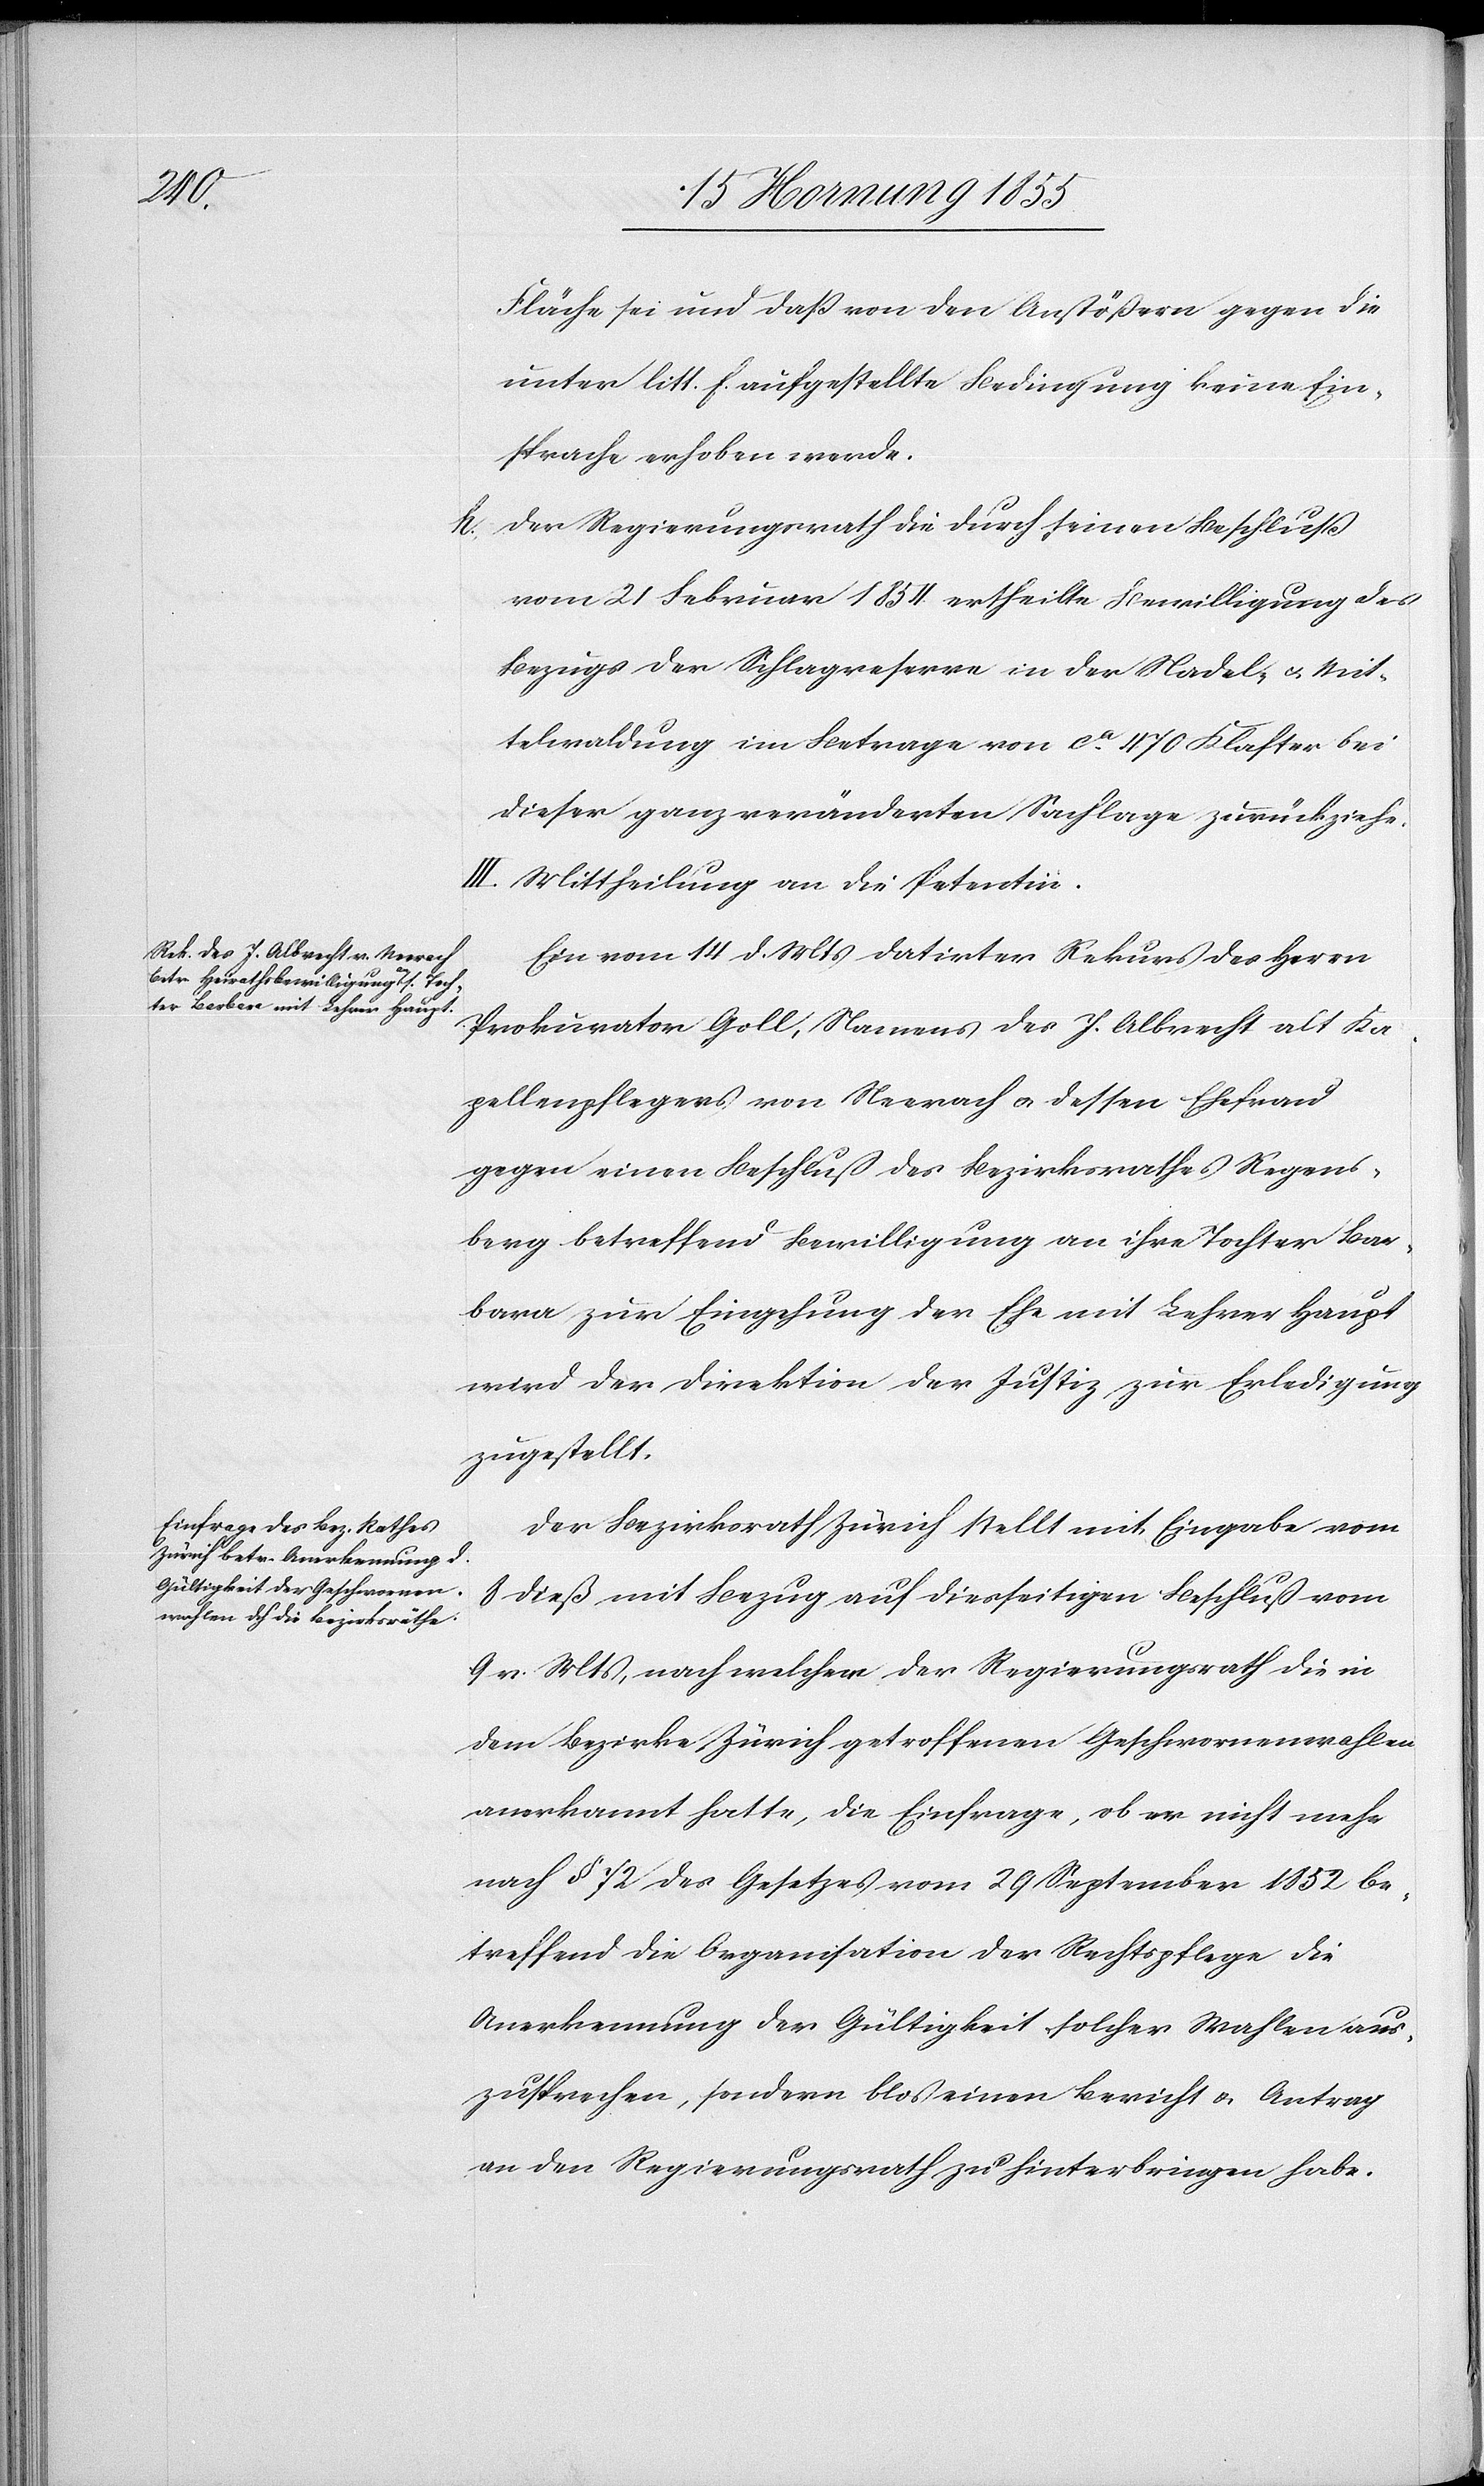
Fläche sei und daß von den Anstößern gegen die
unter litt. f. aufgestellte Bedingung keine Ein¬
sprache erhoben werde.
der Regierungsrath die durch seinen Beschluß
vom 21 Februar 1854. ertheilte Bewilligung des
Bezugs der Schlagreserve in der Nadel- & Mit¬
telwaldung im Betrage von ca. 470 Klafter bei
dieser ganz veränderten Sachlage zurückziehe.
III. Mittheilung an die Petentin.
Ein vom 14 d. Mts datirter Rekurs des Herrn
Prokurator Goll, Namens des J. Albrecht alt Ka¬
pellenpflegers von Neerach & dessen Ehefrau
gegen einen Beschluß des Bezirksrathes Regens¬
berg betreffend Bewilligung an ihre Tochter Bar¬
bara zur Eingehung der Ehe mit Lehrer Haupt
wird der Direktion der Justiz zur Erledigung
zugestellt.
Der Bezirksrath Zürich stellt mit Eingabe vom
8 dieß mit Bezug auf diesseitigen Beschluß vom
9 v. Mts, nach welcher der Regierungsrath die in
dem Bezirke Zürich getroffenen Geschwornenwahlen
anerkannt hatte, die Einfrage, ob er nicht mehr
nach § 72 des Gesetzes vom 29 September 1852 be¬
treffend die Organisation der Rechtspflege die
Anerkennung der Gültigkeit solcher Wahlen aus¬
zusprechen, sondern blos einen Bericht & Antrag
an den Regierungsrath zu hinterbringen habe.